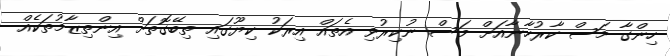
ހިންގާ މަސް ކާރުހާނާއަށް މަސް ނުކިރުވި އެތައް އިރަކު ކިޔޫގައި ތިބޭގޮތަށް އިންތިޒާމުތަކެއް